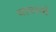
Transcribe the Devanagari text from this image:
यामानो